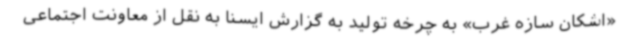
«اشکان سازه غرب» به چرخه تولید به گزارش ایسنا به نقل از معاونت اجتماعی